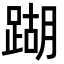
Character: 䠒